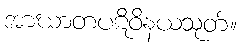
အာဃာတပဋိဝိနယသုတ်။